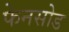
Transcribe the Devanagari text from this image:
फेनसोड